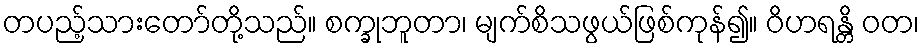
တပည့်သားတော်တို့သည်။ စက္ခုဘူတာ၊ မျက်စိသဖွယ်ဖြစ်ကုန်၍။ ဝိဟရန္တိ ဝတ၊